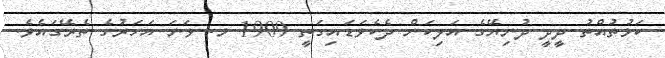
ކަޅުތުއްތު ދީދީ ދުނިޔޭގެ އަލިކަން ދެކެވަޑައިގަތީ 1909 މ. ވަނަ އަހަރުގެ ތެރޭގައެވެ.